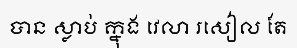
បាន ស្លាប់ ក្នុង វេលា រសៀល តែ